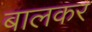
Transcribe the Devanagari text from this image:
बालकर